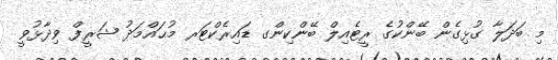
މި ބަދަލާ ގުޅިގެން ބޭންކުގެ ރީޓެއިލް ބޭންކިންގ ޑައިރެކްޓަރ މުޙައްމަދު ޝަރީފް ވިދާޅުވީ